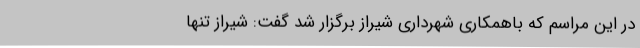
در این مراسم که باهمکاری شهرداری شیراز برگزار شد گفت: شیراز تنها